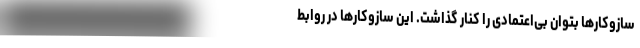
سازوکارها بتوان بی‌اعتمادی را کنار گذاشت. این سازوکارها در روابط